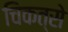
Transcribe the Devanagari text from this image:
चिकत्से